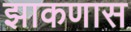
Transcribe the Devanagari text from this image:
झाकणास